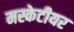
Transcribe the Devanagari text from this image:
मस्केटीयर